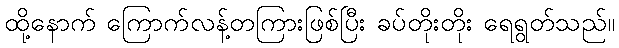
ထို့နောက် ကြောက်လန့်တကြားဖြစ်ပြီး ခပ်တိုးတိုး ရေရွတ်သည်။